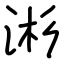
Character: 涁